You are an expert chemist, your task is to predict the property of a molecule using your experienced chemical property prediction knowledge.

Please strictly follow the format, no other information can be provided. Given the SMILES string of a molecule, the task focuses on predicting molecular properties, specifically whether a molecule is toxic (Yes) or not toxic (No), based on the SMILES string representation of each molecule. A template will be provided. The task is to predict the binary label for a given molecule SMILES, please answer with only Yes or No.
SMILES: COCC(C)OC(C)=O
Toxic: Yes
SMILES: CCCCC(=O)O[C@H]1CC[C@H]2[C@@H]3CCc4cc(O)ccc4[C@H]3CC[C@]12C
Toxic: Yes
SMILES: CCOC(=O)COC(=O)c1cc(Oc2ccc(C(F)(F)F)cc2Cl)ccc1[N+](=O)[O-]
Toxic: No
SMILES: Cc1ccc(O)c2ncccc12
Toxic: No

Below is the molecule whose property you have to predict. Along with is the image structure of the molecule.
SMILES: CCN[C@@H](C)Cc1cccc(C(F)(F)F)c1
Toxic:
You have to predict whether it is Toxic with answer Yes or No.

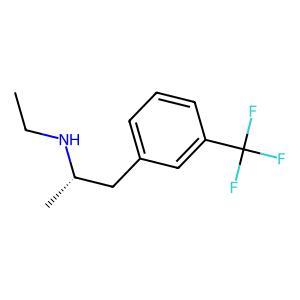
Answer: No